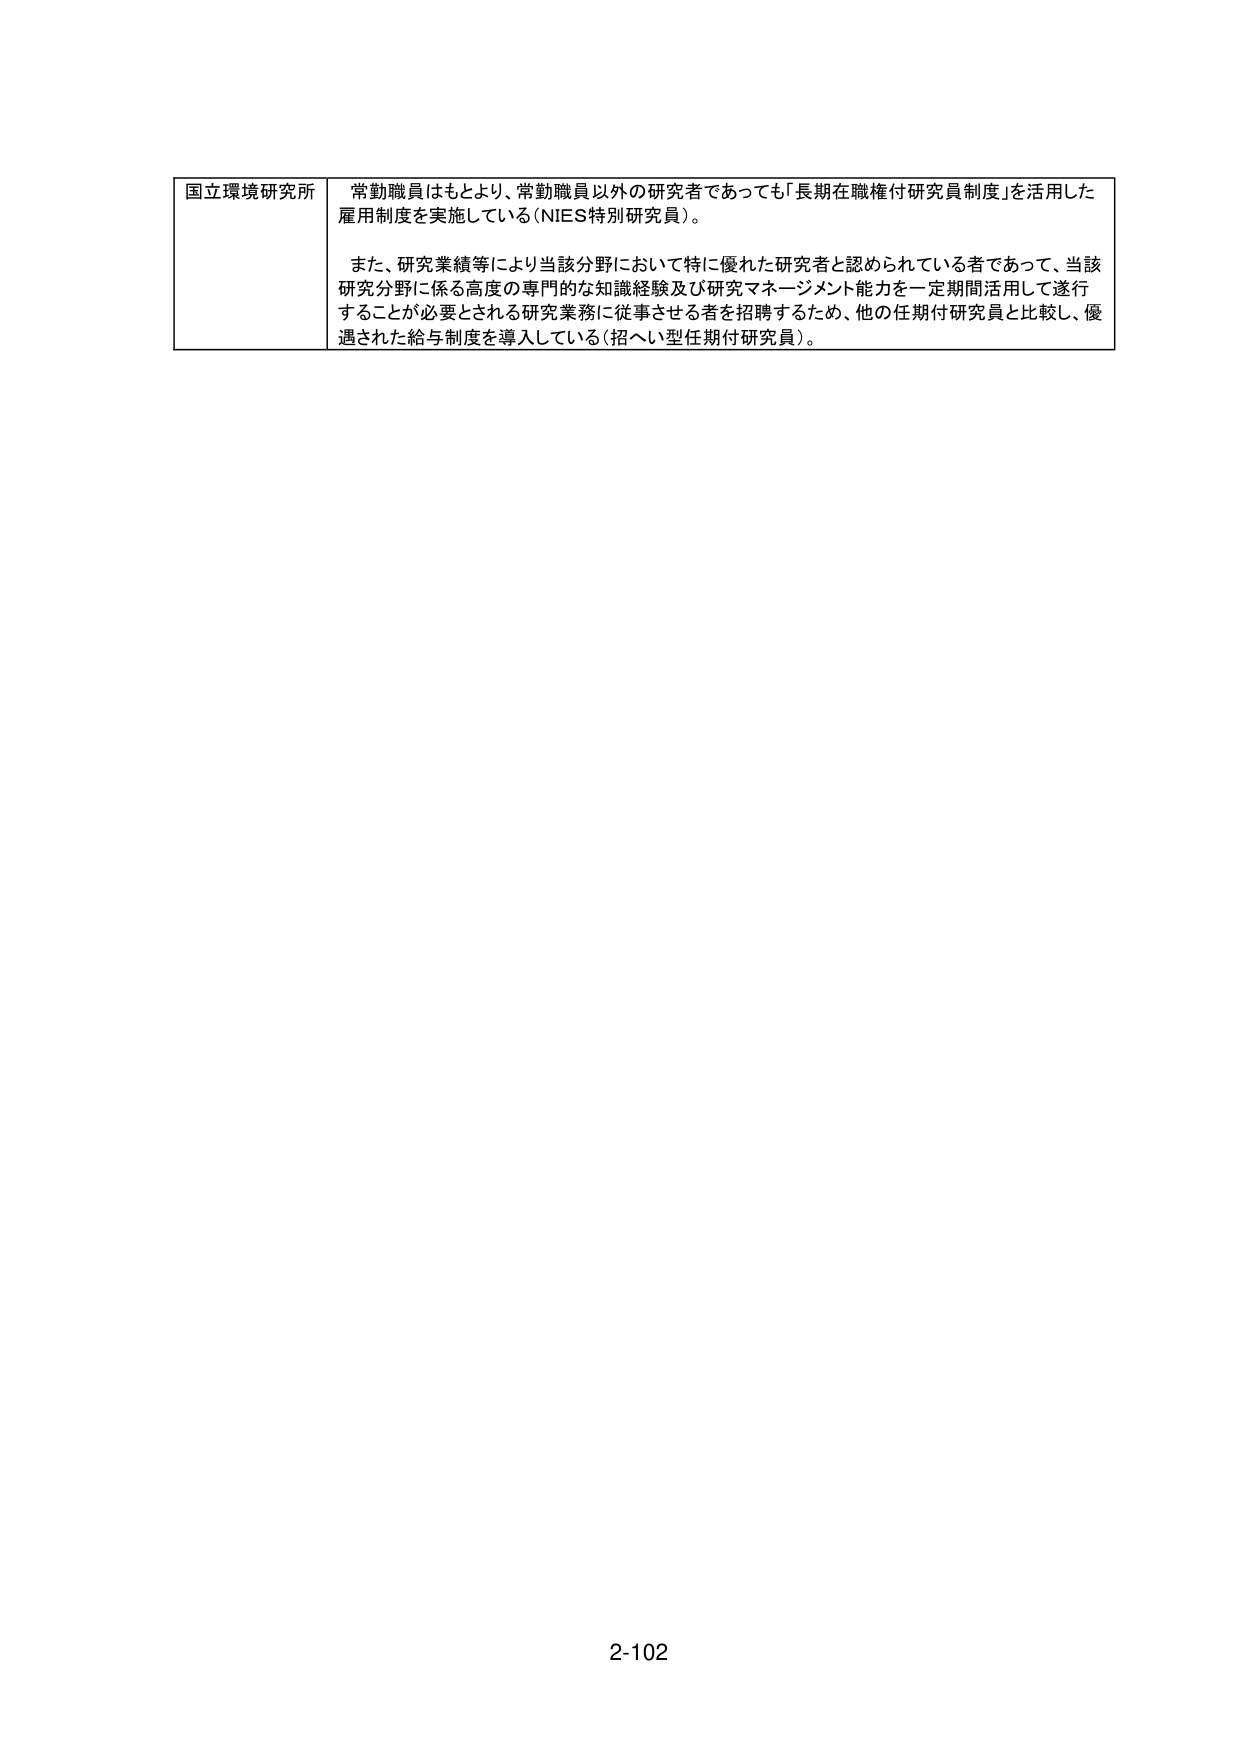
国立環境研究所　常勤職員はもとより、常勤職員以外の研究者であっても「長期在職権付研究員制度」を活用した雇用制度を実施している（NIES特別研究員）。

また、研究業績等により当該分野において特に優れた研究者と認められている者であって、当該研究分野に係る高度の専門的な知識経験及び研究マネージメント能力を一定期間活用して遂行することが必要とされる研究業務に従事させる者を招聘するため、他の任期付研究員と比較し、優遇された給与制度を導入している（招へい型任期付研究員）。

2-102